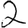
Digit: 2